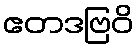
ဧတဒဗြဝိ